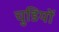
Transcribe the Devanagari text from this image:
चुडियों